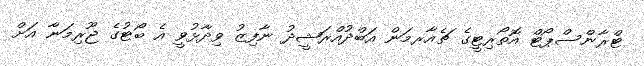
ޓްރާންސްޕޯޓް އޮތޯރިޓީގެ ޗެއާރމަން އަބްދުއްރަޝީދު ނާފިޒު ވިދާޅުވީ އެ ބޯޓުގެ ޖޫރިމަނާ އަށް